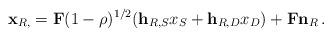
LaTeX: \begin{align*}\mathbf{x}_{R,} = \mathbf{F}(1 - \rho)^{1/2}(\mathbf{h}_{R,S}x_S + \mathbf{h}_{R,D}x_D) + \mathbf{F}\mathbf{n}_R\,.\end{align*}